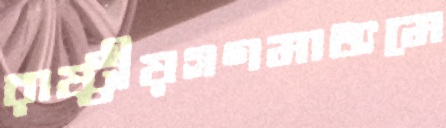
রাষ্ট্রীয়গণমাধ্যমে